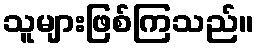
သူများဖြစ်ကြသည်။